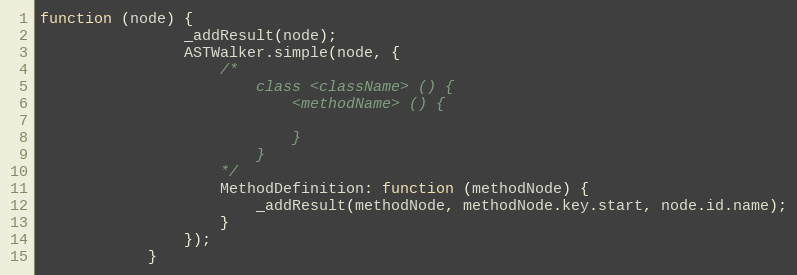
Language: JavaScript
function (node) {
                _addResult(node);
                ASTWalker.simple(node, {
                    /*
                        class <className> () {
                            <methodName> () {

                            }
                        }
                    */
                    MethodDefinition: function (methodNode) {
                        _addResult(methodNode, methodNode.key.start, node.id.name);
                    }
                });
            }